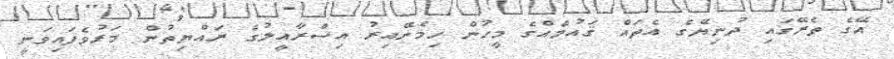
އޭގެ ތެރޭގައި ދުނިޔޭގެ އެތައް ޤައުމެއްގެ މީހުން ހިމެނޭއިރު އިސްރާއީލުގެ ރައްޔިތުން މަރުވެފައިވަނީ